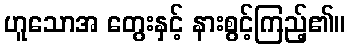
ဟူသောအ တွေးနှင့် နားစွင့်ကြည့်၏။